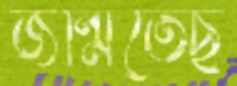
জন্মিতেছ